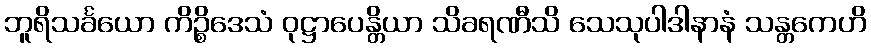
ဘူရိသင်္ခယော ကိဉ္စိဒေသံ ဝုဋ္ဌာပေန္တိယာ သိခရဏီသိ သေသုပါဒါနာနံ သန္တကေဟိ